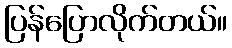
ပြန်ပြောလိုက်တယ်။